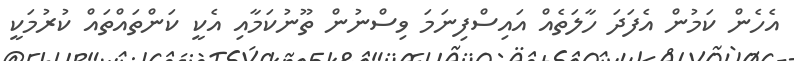
އެހެން ކަމުން އެފަދަ ހާލަތެއް އައިސްފިނަމަ ވިސްނުން ތޫނުކަމާއި އެކީ ކަންތައްތައް ކުރުމަކީ